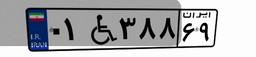
۷۶W۸۲۸۳۱